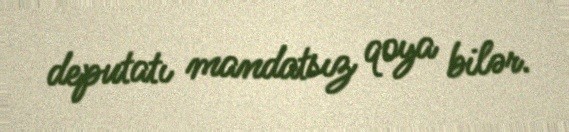
deputatı mandatsız qoya bilər.